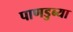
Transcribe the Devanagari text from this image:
पाणडुब्या